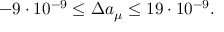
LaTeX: - 9 \cdot 1 0 ^ { - 9 } \leq \Delta a _ { \mu } \leq 1 9 \cdot 1 0 ^ { - 9 } .